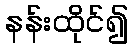
နန်းထိုင်၍